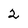
Character: 2